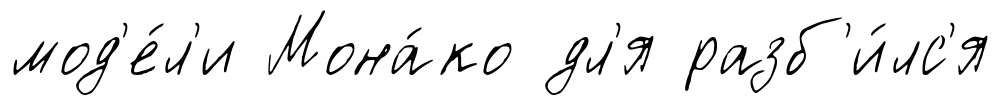
мод'е́л'и Мона́ко дл'я разб'и́лс'я